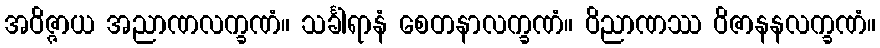
အဝိဇ္ဇာယ အညာဏလက္ခဏံ။ သင်္ခါရာနံ စေတနာလက္ခဏံ။ ဝိညာဏဿ ဝိဇာနနလက္ခဏံ။